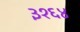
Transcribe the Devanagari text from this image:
३१६४